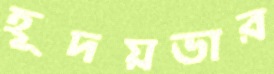
হূদয়ভার